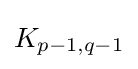
K_{p-1,q-1}